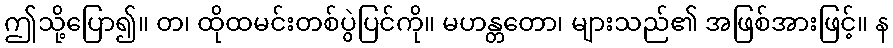
ဤသို့ပြော၍။ တ၊ ထိုထမင်းတစ်ပွဲပြင်ကို။ မဟန္တတော၊ များသည်၏ အဖြစ်အားဖြင့်။ န